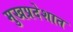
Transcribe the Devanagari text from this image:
मुखप्रदेशात